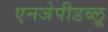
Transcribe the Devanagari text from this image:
एनजेपीडब्लू